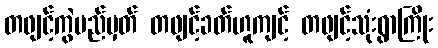
တဖျင့်ကွဲမည်မှတ် တဖျင့်ခတ်ဟူကျင့် တဖျင့်သုံးရွာကြိုး